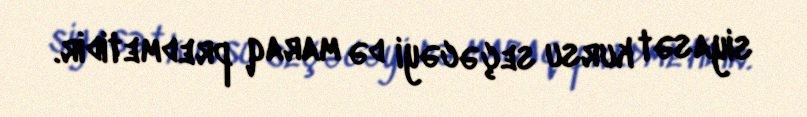
siyasət kursu seçəcəyi də maraq predmetidir.